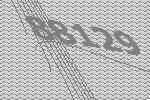
88129